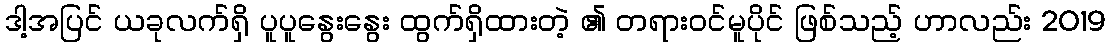
ဒါ့အပြင် ယခုလက်ရှိ ပူပူနွေးနွေး ထွက်ရှိထားတဲ့ ၏ တရားဝင်မူပိုင် ဖြစ်သည့် ဟာလည်း 2019